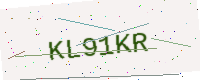
Text: KL91KR